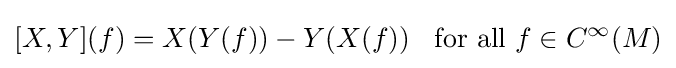
[X,Y](f)=X(Y(f))-Y(X(f))\;\;{\text{  for all }}f\in C^{\infty }(M)